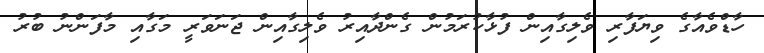
ހާޑްވެއާގެ ވިޔަފާރި ވެލިގާއިން ފުޅާކުރަމުން ގެންދާއިރު ވެލިގާއިން ޖަނަވަރީ މަގާއި މާފަންނު ބުރު